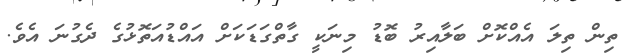
ތިން ތިލަ އެއްކޮށް ބަލާއިރު ބޮޑު މިނަކީ ގާތްގަޑަކަށް އައްޑުއަތޮޅުގެ ދެގުނަ އެވެ.